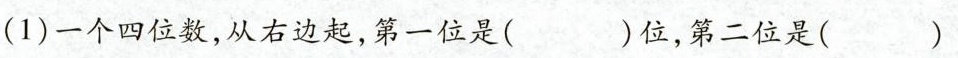
(1)一个四位数，从右边起，第一位是( )位，第二位是( )